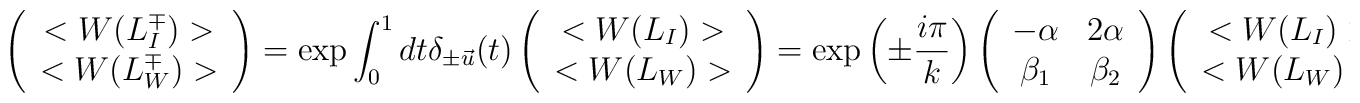
\left(\begin{array}{c}      <W(L^\mp_I)>\\<W(L^\mp_{W})>      \end{array}\right) =\exp\int_0^1 dt \delta_{\pm{\vec{u}}}(t) \left(\begin{array}{c}      	<W(L_I)>\\      	<W(L_W)>      \end{array}\right) =\exp\left(\pm {i \pi \over k}\right)\left(\begin{array}{cc}-\alpha &2\alpha\\\beta_1&\beta_2\end{array}\right)\left(\begin{array}{c}      	<W(L_I)>\\      	<W(L_W)>      \end{array}\right)